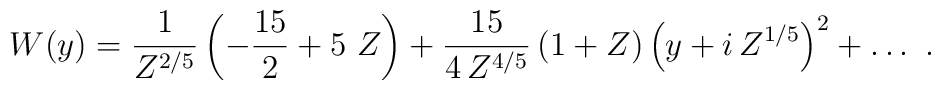
W(y)=\frac{1}{Z^{2/5}} \left (-\frac{15}{2}+5~Z\right ) +\frac{15}{4\,Z^{4/5}} \left (1+Z\right )\left (y+i\,Z^{1/5} \right )^2+\ldots\ .